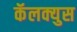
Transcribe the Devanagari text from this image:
कॅलक्युस